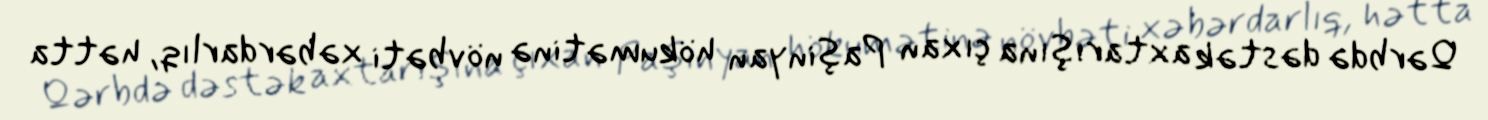
Qərbdə dəstək axtarışına çıxan Paşinyan hökumətinə növbəti xəbərdarlıq, hətta